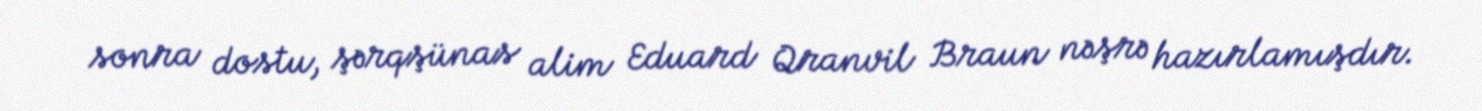
sonra dostu, şərqşünas alim Eduard Qranvil Braun nəşrə hazırlamışdır.